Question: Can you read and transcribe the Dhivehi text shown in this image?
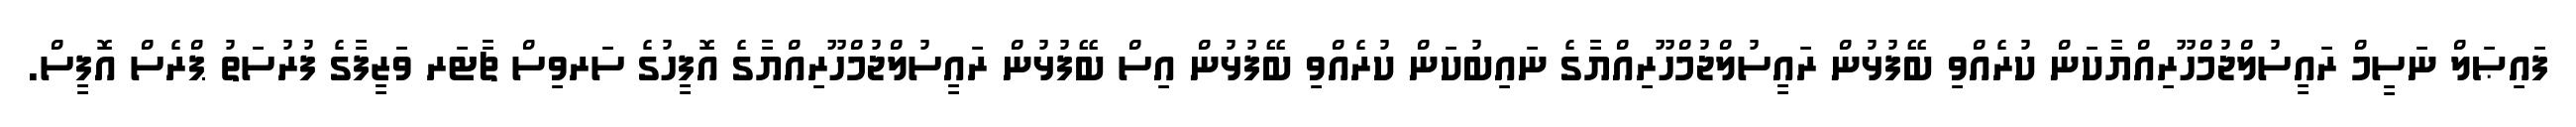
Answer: ފައިޞަލް ނަސީމް ރައީސުލްޖުމްހޫރިއްޔާކަން ކުރެއްވި ބޭފުޅުން ރައީސުލްޖުމްހޫރިއްޔާގެ ނައިބުކަން ކުރެއްވި ބޭފުޅުން އިސް ބޭފުޅުން ރައީސުލްޖުމްހޫރިއްޔާގެ އޮފީހުގެ ސަރވިސް ޗާޓަރ ވަޒީފާގެ ފުރުސަތު ޕްރެސް އޮފީސް.